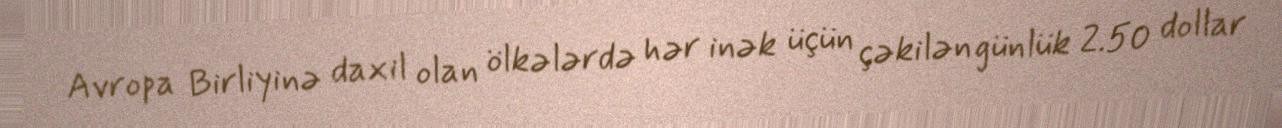
Avropa Birliyinə daxil olan ölkələrdə hər inək üçün çəkilən günlük 2.50 dollar